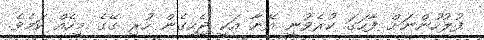
ފުލުހުންނަށް ފާހަގަ ކުރެވުނީ އޭނާ އަކީ ޖެހިގެން ހުރި ގޭގެ މީހެއް ކަމެވެ.